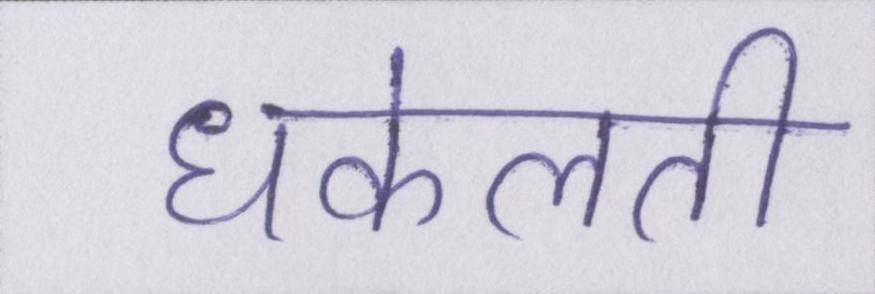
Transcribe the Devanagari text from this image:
धकेलती